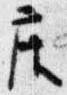
座